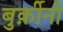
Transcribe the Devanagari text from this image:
बुर्क़ीनी